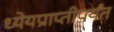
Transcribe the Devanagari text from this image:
ध्येयप्राप्तीपर्यंत